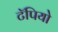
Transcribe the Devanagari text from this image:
टॅपियो